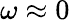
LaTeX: \omega\approx 0